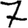
Digit: 7